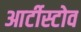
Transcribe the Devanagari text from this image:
आर्टीस्टोव